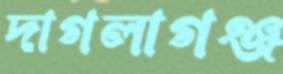
দাগলাগঞ্জ